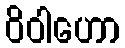
ဝိဝါဟော